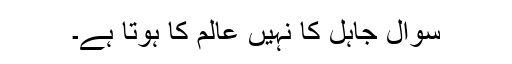
سوال جاہل کا نہیں عالم کا ہوتا ہے۔